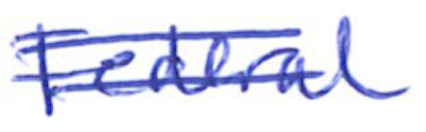
Text: Federal
Cross-out: mix
Writing tool: ballpoint